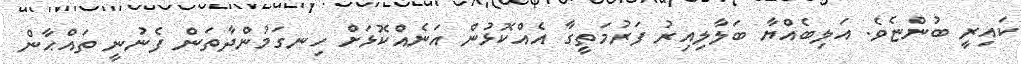
ކައިރީ ބުންޏެވެ. އަލިބެއްޔާ ބަލާލިއިރު ފަރުމަތީގާ އެއްކޮޅުން އަނެއްކޮޅަށް ހިނގަމުންދާތަން ފެނުނީ ތައްޙާން